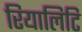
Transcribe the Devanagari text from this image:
रियालिटि